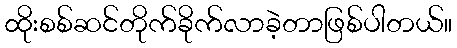
ထိုးစစ်ဆင်တိုက်ခိုက်လာခဲ့တာဖြစ်ပါတယ်။